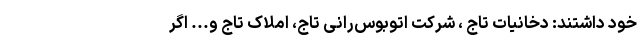
خود داشتند: دخانیات تاج ، شرکت اتوبوس‌رانی تاج، املاک تاج و... اگر